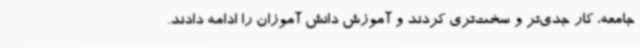
جامعه، کار جدی‌تر و سخت‌تری کردند و آموزش دانش آموزان را ادامه دادند.